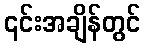
၎င်းအချိန်တွင်